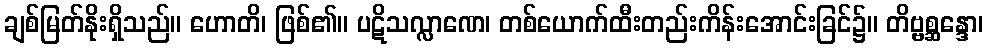
ချစ်မြတ်နိုးရှိသည်။ ဟောတိ၊ ဖြစ်၏။ ပဋိသလ္လာဏေ၊ တစ်ယောက်ထီးတည်းကိန်းအောင်းခြင်၌။ တိဗ္ဗစ္ဆန္ဒော၊